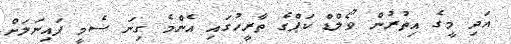
އަދި މީގެ އިތުރުން ވޯލްޑް ކަޕްގެ ތާރީހުގައި އެންމެ ގިނަ ސެމީ ފައިނަލަށް